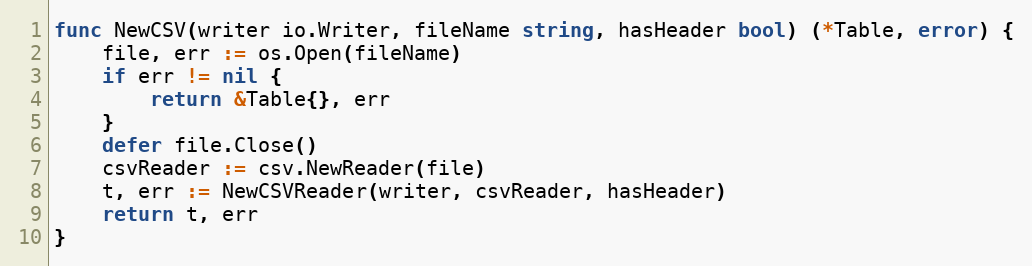
Language: Go
func NewCSV(writer io.Writer, fileName string, hasHeader bool) (*Table, error) {
	file, err := os.Open(fileName)
	if err != nil {
		return &Table{}, err
	}
	defer file.Close()
	csvReader := csv.NewReader(file)
	t, err := NewCSVReader(writer, csvReader, hasHeader)
	return t, err
}